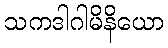
သကဒါဂါမိနိယော